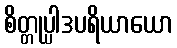
စိတ္တုပ္ပါဒပရိယာယော